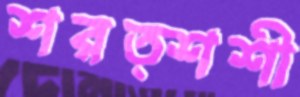
শরত্শশী